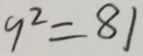
9 ^ { 2 } = 8 1